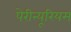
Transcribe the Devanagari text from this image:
पेरीन्यूरियम